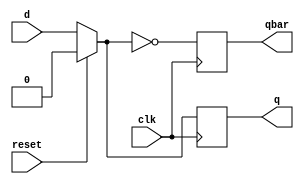
module d_ff(d, clk, reset, q, qbar);

input d, clk, reset;
output reg q=0, qbar = 1;

always @ (posedge clk) begin

    if(reset == 1) q = 0;
    else q = d;
    
    qbar = ~q;
end
endmodule